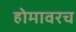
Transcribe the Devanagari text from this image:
होमावरच